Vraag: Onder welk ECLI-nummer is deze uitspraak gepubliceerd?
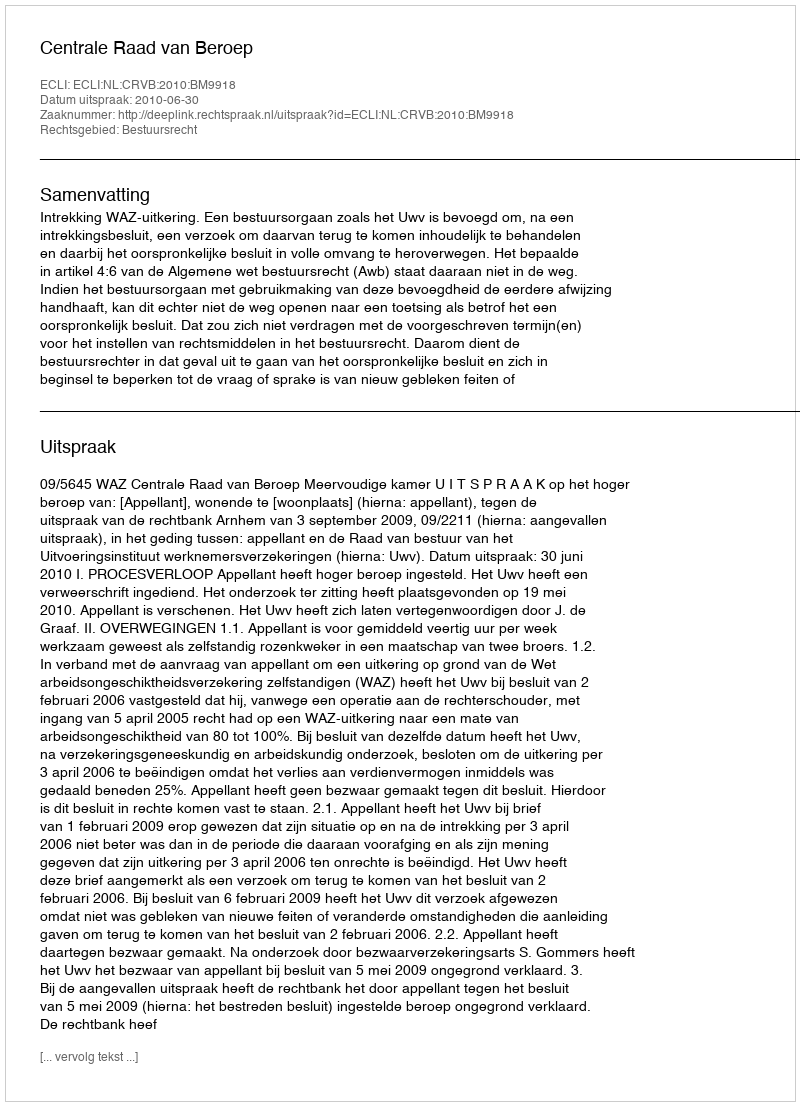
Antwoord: ECLI:NL:CRVB:2010:BM9918